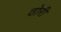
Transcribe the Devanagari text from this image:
ठोरी